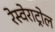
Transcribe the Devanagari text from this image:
रेस्वेराट्रोल